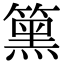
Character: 𥳬